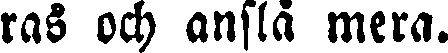
ras och anslå mera.